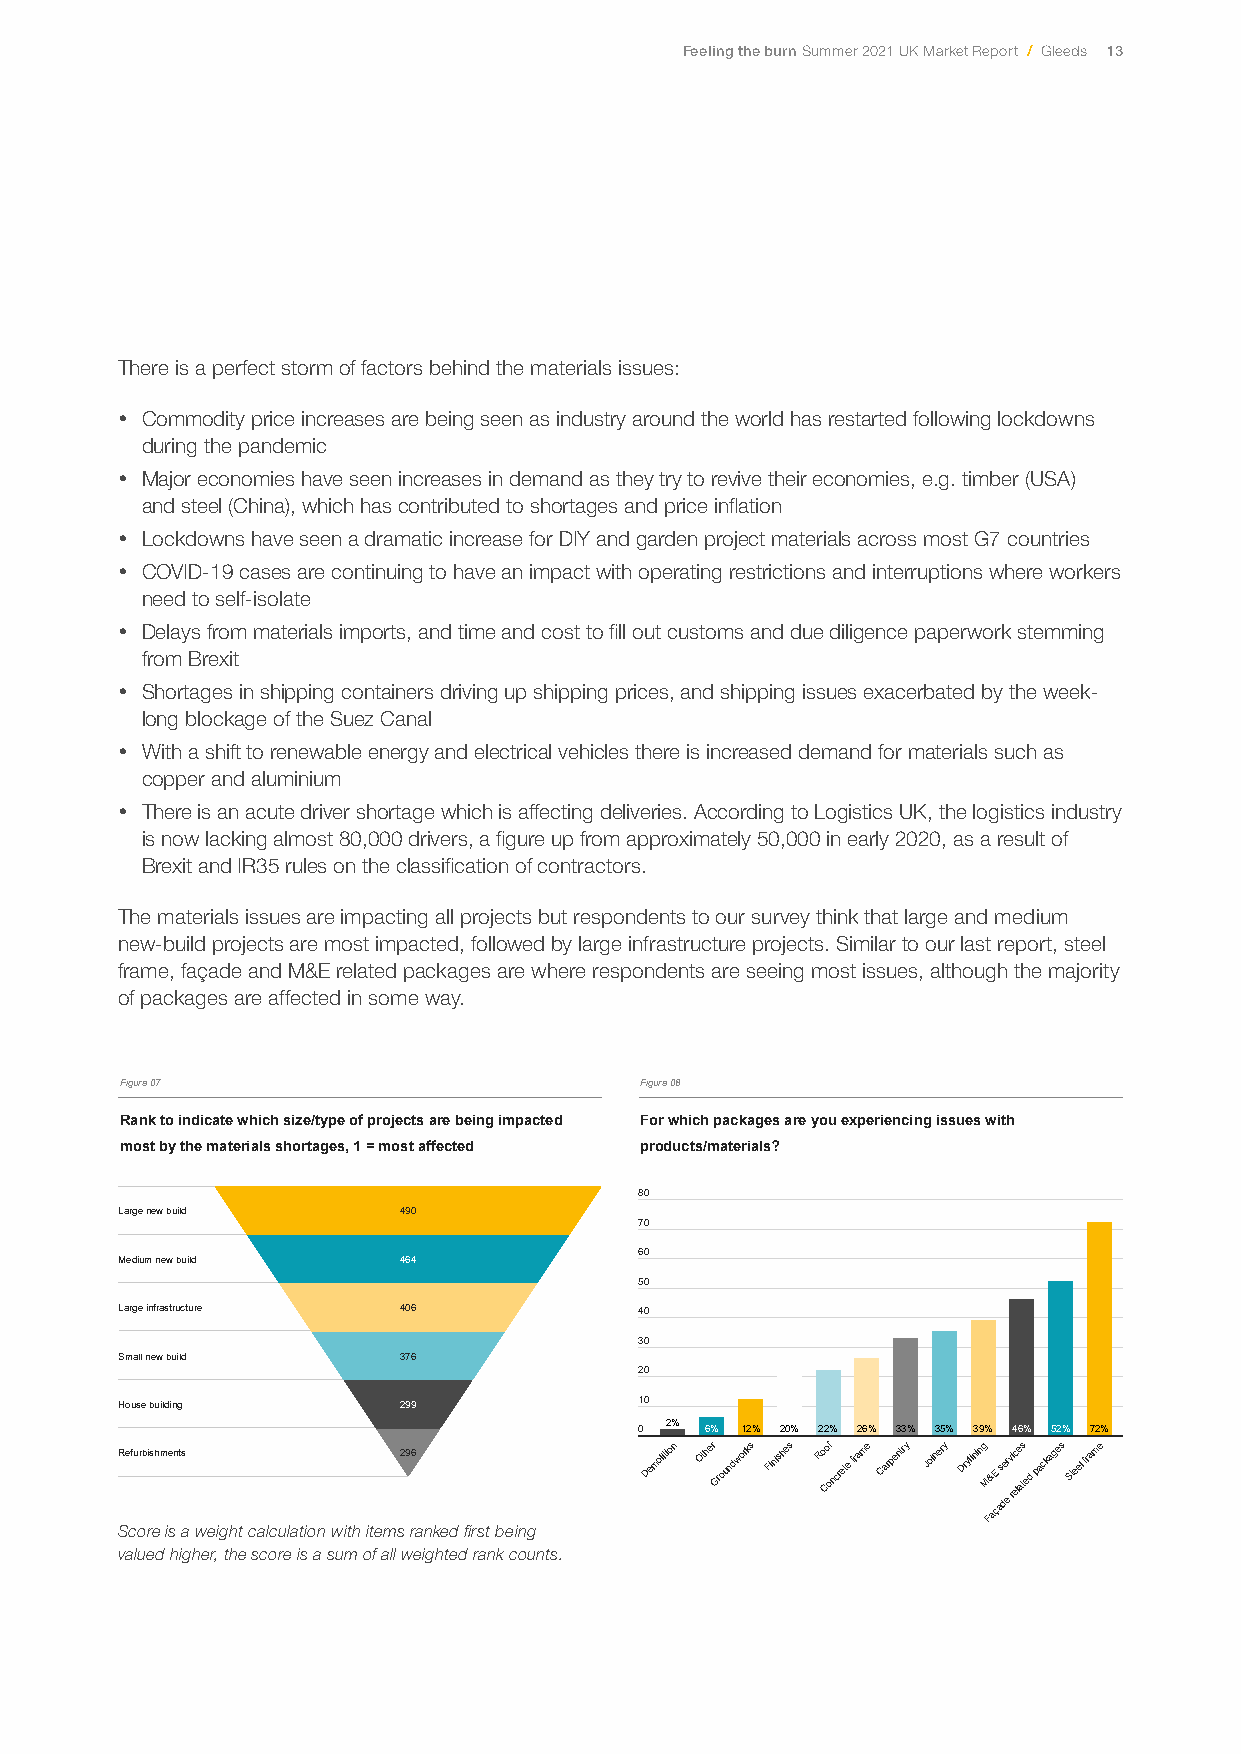
Feeling the burn Summer 2021 UK Market Report / Gleeds 13
 There is a perfect storm of factors behind the materials issues:
 y Commodity price increases are being seen as industry around the world has restarted following lockdowns
 during the pandemic
 y Major economies have seen increases in demand as they try to revive their economies, e.g. timber (USA)
 and steel (China), which has contributed to shortages and price inflation
 y Lockdowns have seen a dramatic increase for DIY and garden project materials across most G7 countries
 y COVID-19 cases are continuing to have an impact with operating restrictions and interruptions where workers
 need to self-isolate
 y Delays from materials imports, and time and cost to fill out customs and due diligence paperwork stemming
 from Brexit
 y Shortages in shipping containers driving up shipping prices, and shipping issues exacerbated by the week-
 long blockage of the Suez Canal
 y With a shift to renewable energy and electrical vehicles there is increased demand for materials such as
 copper and aluminium
 y There is an acute driver shortage which is affecting deliveries. According to Logistics UK, the logistics industry
 is now lacking almost 80,000 drivers, a figure up from approximately 50,000 in early 2020, as a result of
 Brexit and IR35 rules on the classification of contractors.
 The materials issues are impacting all projects but respondents to our survey think that large and medium
 new-build projects are most impacted, followed by large infrastructure projects. Similar to our last report, steel
 frame, façade and M&E related packages are where respondents are seeing most issues, although the majority
 of packages are affected in some way.
 Figure 07
 Rank to indicate which size/type of projects are being impacted
 Figure 07                         Figure 08
 most by the materials shortages, 1 = most affected
 Rank to indicate which size/type of projects are being impacted For which packages are you experiencing issues with
 most by the materials shortages, 1 = most affected products/materials?
 Ranking        Responses
 80
 Ranking        Responses
 Large new build   490
 70
 60
 LMaerdgieu mne nwe wbu biludild 449604
 50
 MLaerdgieu min fnraeswtr ubcutiuldre 446046 40
 30
 LSamrgaell ninefwra sbturuildcture 430766
 20
 SHmouaslle n beuwil dbiunigld 327969 10
 0 2% 6% 12% 20% 22% 26% 33% 35% 39% 46% 52% 72%
 H RRo eeu ff uus rre bb iib ss hhu mmild eein nng tt ss 2 229 999 66 Demolition Other Groundworks Finishes Ro Cof oncrete frame Carpentry Joinery Drylining M F& aE
 ç
 as der
 e
 v ri ec le ats ed packages Steel frame
 Score is a weight calculation with items ranked first bMaedei wnithg
 valued higher, the score is a sum of all weighted rank counts.
 Made with                         Made with